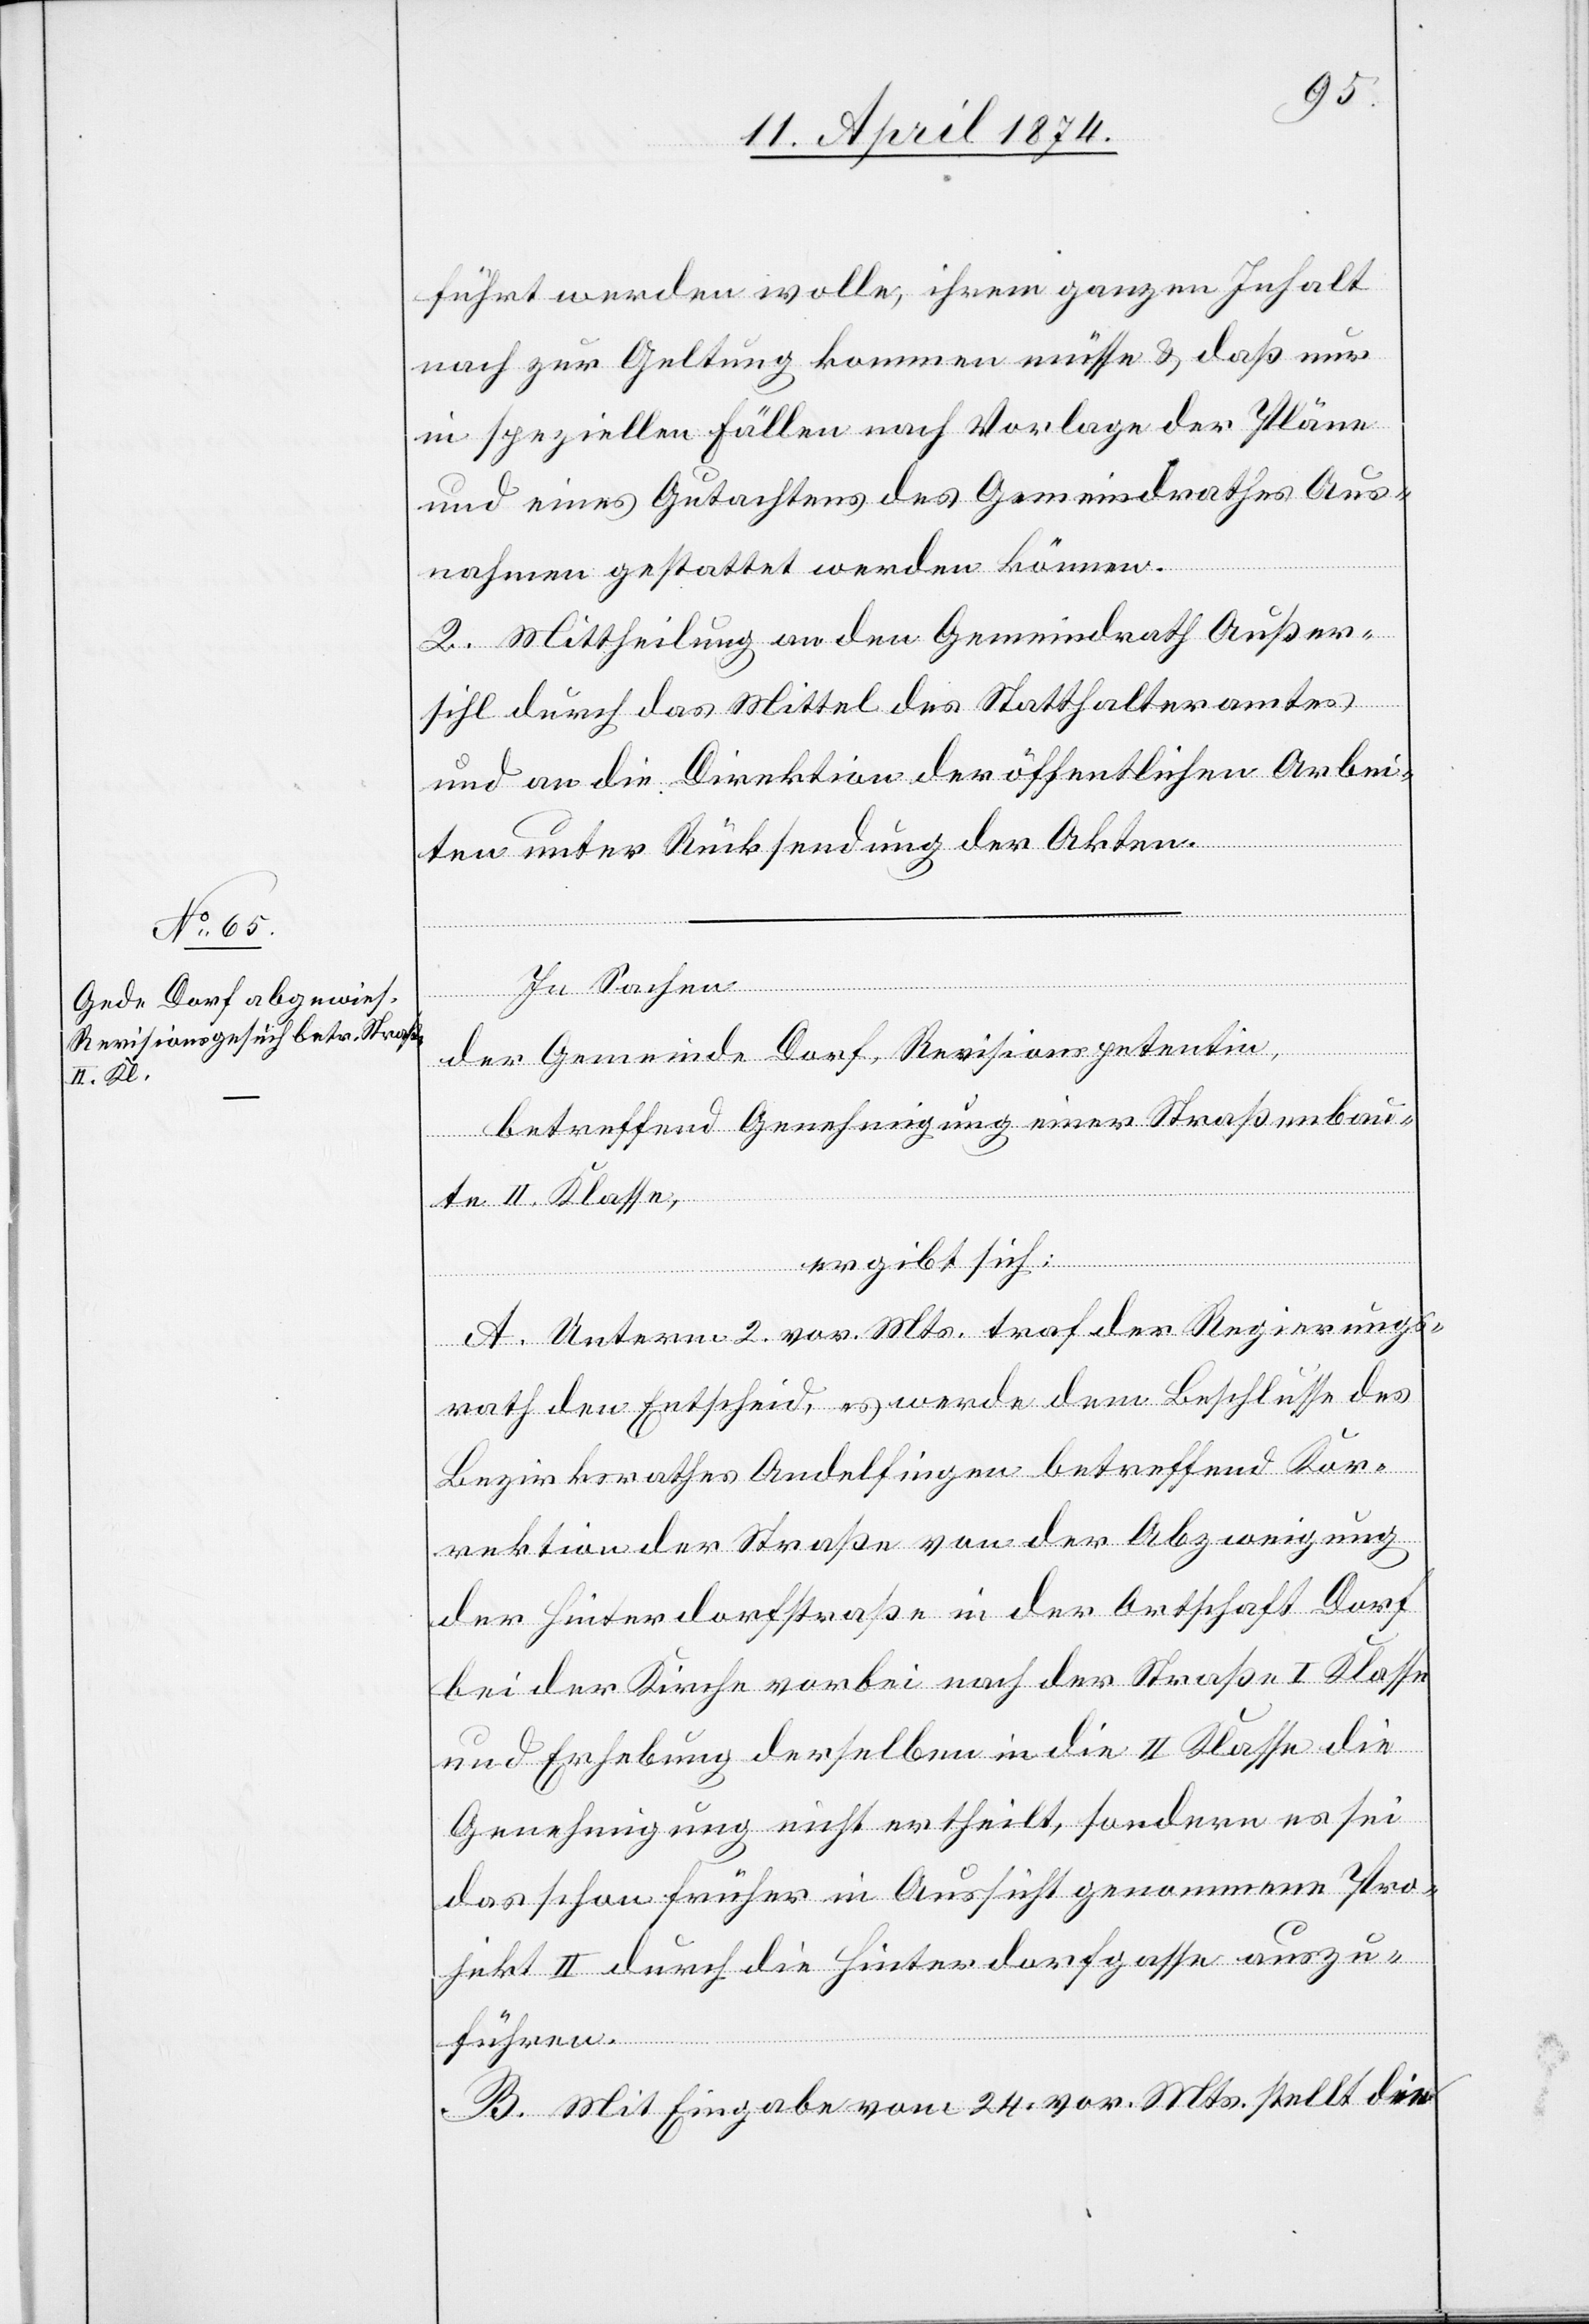
führt werden wolle, ihrem ganzen Inhalt
nach zur Geltung kommen müsse u. daß nur
in speziellen Fällen nach Vorlage der Pläne
und eines Gutachtens des Gemeindrathes Aus¬
nahmen gestattet werden können.
2. Mittheilung an den Gemeindrath Außer¬
sihl durch das Mittel des Statthalteramtes
und an die Direktion der öffentlichen Arbei¬
ten unter Rücksendung der Akten.
In Sachen
der Gemeinde Dorf, Revisionspetentin,
betreffend Genehmigung einer Straßenbau¬
te II. Klasse,
ergibt sich:
A. Unterm 2. vor. Mts. traf der Regierungs¬
rath den Entscheid, es werde dem Beschlusse des
Bezirksrathes Andelfingen betreffend Kor¬
rektion der Straße von der Abzweigung
der Hinterdorfstraße in der Ortschaft Dorf
bei der Kirche vorbei nach der Straße I. Klasse
und Erhebung derselben in die II. Klasse die
Genehmigung nicht ertheilt, sondern es sei
das schon früher in Aussicht genommene Pro¬
jekt II durch die Hinterdorfgasse auszu¬
führen.
B. Mit Eingabe vom 24. vor. Mts. stellt die